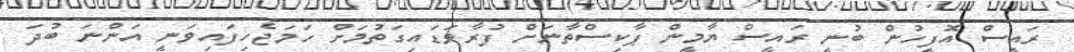
ރައީސް އޮފީހުން ބުނީ ރައީސް ޔާމީން ޕާކިސްތާނަށް ފުރާވަޑައިގަތުމަށް ހަމަޖެހިފައިވަނީ އަންނަ ބުދަ